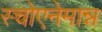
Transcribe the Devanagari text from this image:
स्चोएनेमान्न